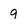
Character: 9